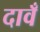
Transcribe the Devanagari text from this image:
दावँ